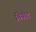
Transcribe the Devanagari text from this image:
मिनोट